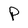
Character: P